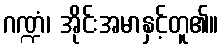
ဂဏ္ဍံ၊ အိုင်းအမာနှင့်တူ၏။